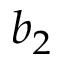
b _ { 2 }